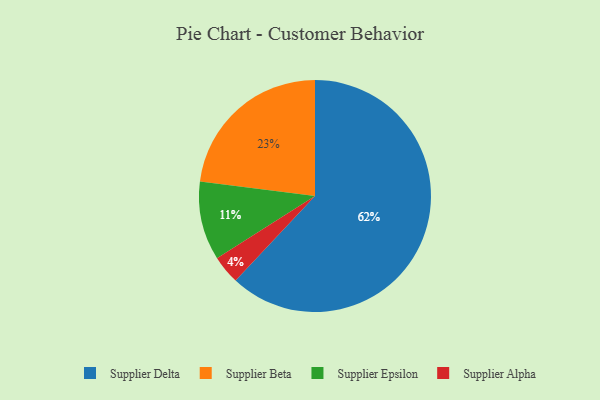
{"axis": {"x": "Category", "y": "Percentage"}, "legend": ["Supplier Alpha", "Supplier Beta", "Supplier Delta", "Supplier Epsilon"], "data": [{"x": "Supplier Alpha", "y": 4, "type": "Supplier Alpha"}, {"x": "Supplier Beta", "y": 23, "type": "Supplier Beta"}, {"x": "Supplier Epsilon", "y": 11, "type": "Supplier Epsilon"}, {"x": "Supplier Delta", "y": 62, "type": "Supplier Delta"}]}